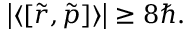
\left| \langle [ { \tilde { r } } , { \tilde { p } } ] \rangle \right| \geq 8 \hbar .